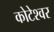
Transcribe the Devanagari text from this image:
कोटेश्‍वर